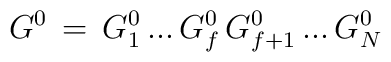
G^0\,=\,G^0_1\,...\,G^0_f\,G^0_{f+1}\,...\,G^0_N